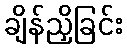
ချိန်ညှိခြင်း